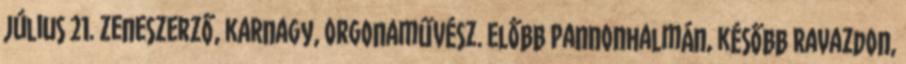
július 21. zeneszerző, karnagy, orgonaművész. Előbb Pannonhalmán, később Ravazdon,